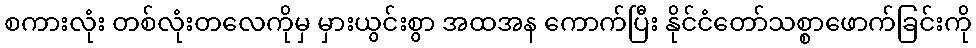
စကားလုံး တစ်လုံးတလေကိုမှ မှားယွင်းစွာ အထအန ကောက်ပြီး နိုင်ငံတော်သစ္စာဖောက်ခြင်းကို